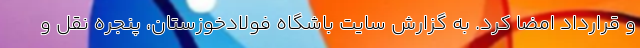
و قرارداد امضا کرد. به گزارش سایت باشگاه فولادخوزستان، پنجره نقل و